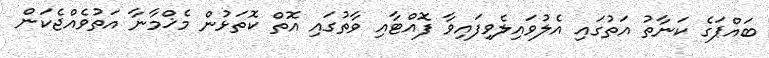
ބައްޕަގެ ކަނާތު އަތުގައި އެލުވައިލެވިފައިވާ ފޮއްޓާއި ވާތުގައި އޮތް ކޮތަޅުން މެޚްމާނާ އަތުވެއްޖެކަން